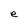
Character: e